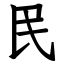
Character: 民